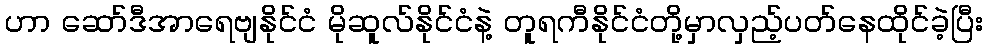
ဟာ ဆော်ဒီအာရေဗျနိုင်ငံ မိုဆူလ်နိုင်ငံနဲ့ တူရကီနိုင်ငံတို့မှာလှည့်ပတ်နေထိုင်ခဲ့ပြီး